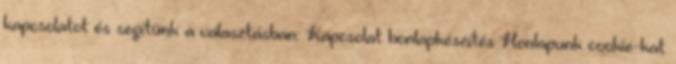
kapcsolatot és segítünk a választásban: Kapcsolat honlapkészítés Honlapunk cookie-kat